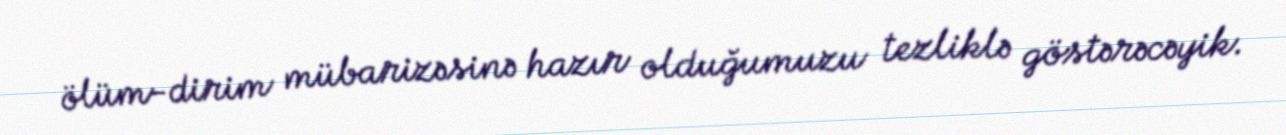
ölüm-dirim mübarizəsinə hazır olduğumuzu tezliklə göstərəcəyik.